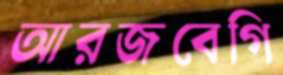
আরজবেগি